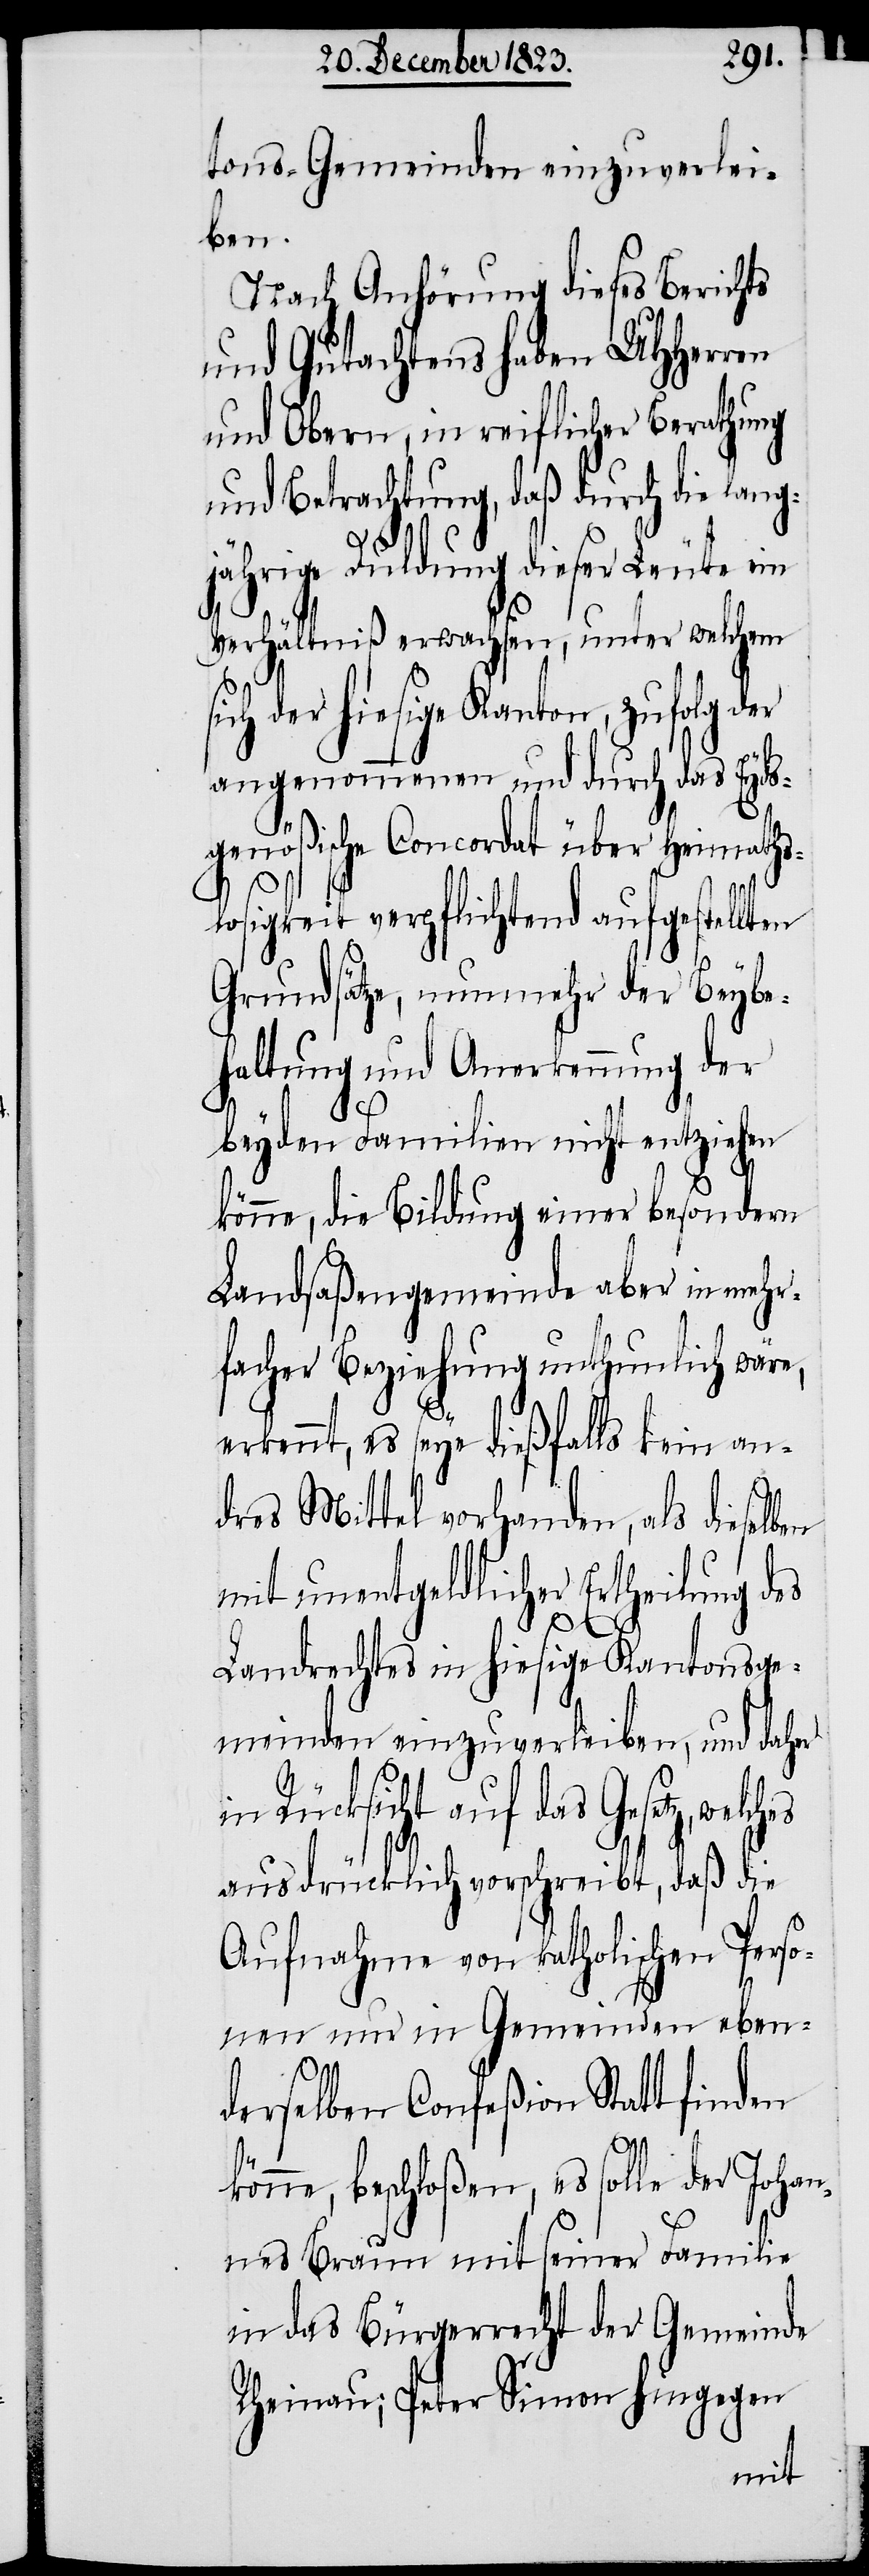
tons-Gemeinden einzuverlei¬
ben.
Nach Anhörung dieses Berichts
und Gutachtens haben UHHerren
und Obern, in reiflicher Berathung
und Betrachtung, daß durch die lang¬
jährige Duldung dieser Leute ein
Verhältniß erwachsen, unter welchem
ch der hiesige Kanton, zufolg der
angenommenen und durch das Eyds¬
genößische Concordat über Heimaths¬
losigkeit verpflichtend aufgestellten
Grundsätze, nunmehr der Beybe¬
haltung und Anerkennung der
beyden Familien nicht entziehen
könne, die Bildung einer besondern
Landsaßengemeinde aber in mehr¬
facher Beziehung unthunlich wäre,
erkennt, es seye dießfalls kein an¬
dres Mittel vorhanden, als dieselben
mit unentgeldlicher Ertheilung des
si¬
Landrechtes in hiesige Kantonsge¬
meinden einzuverleiben, und daher
in Rücksicht auf das Gesetz,
ausdrücklich vorschreibt, daß die
Aufnahme von katholischen Perso¬
nen nur in Gemeinden eben¬
derselben Confeßion Statt finden
könne, beschloßen, es solle der Johan¬
nes Braun mit seiner Familie
in das Bürgerrecht der Gemeinde
Rheinau; Peter Simon hingegen